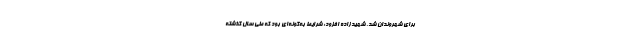
برای شهروندان شد. شهیدزاده افزود: شرایط به‌گونه‌ای بود که طی سال گذشته